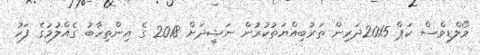
މޯލްޑިވްސް ކަޕް 2015ދަރިން ތަރުބިއްޔަތުކުރުން ނަޝީދަށް 2018 ގެ އިންތިހާބު ގެއްލުމުގެ ފަހު